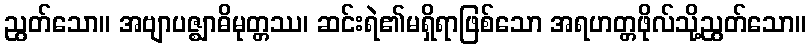
ညွတ်သော။ အဗျာပဇ္ဈာဓိမုတ္တဿ၊ ဆင်းရဲ၏မရှိရာဖြစ်သော အရဟတ္တဖိုလ်သို့ညွတ်သော။